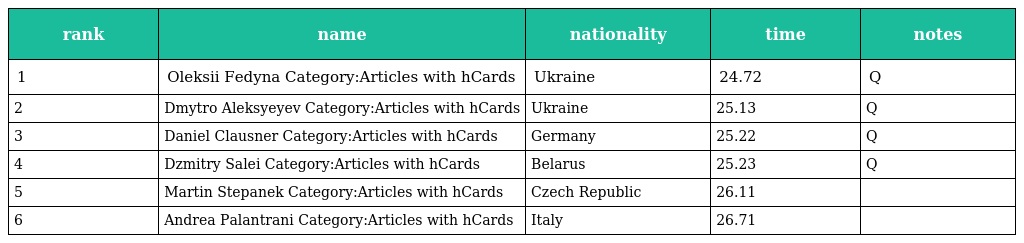
| rank | name | nationality | time | notes |
 | --- | --- | --- | --- | --- |
 | 1 | Oleksii Fedyna Category:Articles with hCards | Ukraine | 24.72 | Q |
 | 2 | Dmytro Aleksyeyev Category:Articles with hCards | Ukraine | 25.13 | Q |
 | 3 | Daniel Clausner Category:Articles with hCards | Germany | 25.22 | Q |
 | 4 | Dzmitry Salei Category:Articles with hCards | Belarus | 25.23 | Q |
 | 5 | Martin Stepanek Category:Articles with hCards | Czech Republic | 26.11 |  |
 | 6 | Andrea Palantrani Category:Articles with hCards | Italy | 26.71 |  |